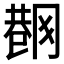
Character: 𱜟